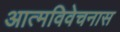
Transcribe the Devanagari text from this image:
आत्मविवेचनास